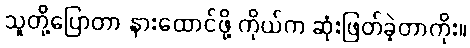
သူတို့ပြောတာ နားထောင်ဖို့ ကိုယ်က ဆုံးဖြတ်ခဲ့တာကိုး။